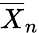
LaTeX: {\overline{{X}}}_{n}